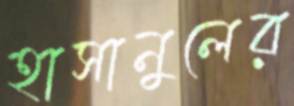
হাসানুলের